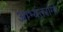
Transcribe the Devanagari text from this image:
आभ्यंतरांगों